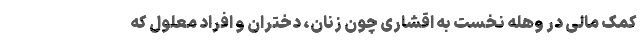
کمک مالی در وهله نخست به اقشاری چون زنان، دختران و افراد معلول که